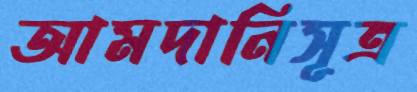
আমদানিসূত্র